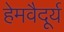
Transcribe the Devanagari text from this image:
हेमवैदूर्य